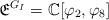
LaTeX: \begin{align*}\mathfrak{E}^{G_I} = \mathbb{C}[\varphi_2, \varphi_8]\end{align*}